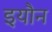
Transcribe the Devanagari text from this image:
इयौन